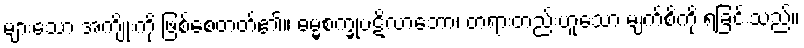
များသော အကျိုးကို ဖြစ်စေတတ်၏။ ဓမ္မစက္ခုပဋိလာဘော၊ တရားတည်းဟူသော မျက်စိကို ရခြင်းသည်။